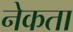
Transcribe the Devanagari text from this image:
नेकता